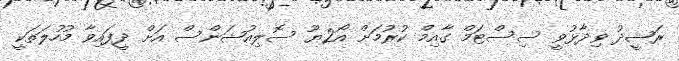
ރަޝީދު ވިދާޅުވީ ސިސްޓަމް ގާއިމް ކުރުމަށް އޯ2ޔޫ ސޮލިއުޝަންސް އަށް ދީފައިވާ މުހުލަތަކީ